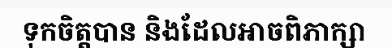
ទុកចិត្តបាន និងដែលអាចពិភាក្សា